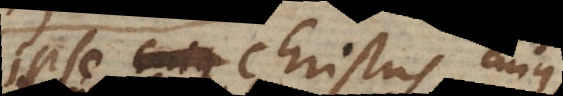
ipse Christus cujus